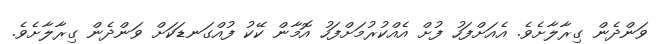
ވަންދެން ގިރާލާށެވެ. އެއަށްފަހު ފުށް އެއްކުރުމަށްފަހު އޮމާން ކޭކު ފުއްގަނޑަކަށް ވަންދެން ގިރާލާށެވެ.